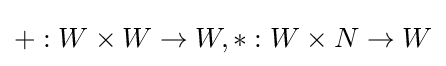
+:W\times W\to W,*:W\times N\to W